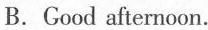
B.Good afternoon.